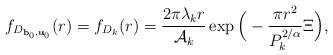
LaTeX: \begin{align*}f_{D_{\mathbf{b}_0, \mathbf{u}_0}} (r) = f_{D_k}(r) = \frac{2 \pi \lambda_k r}{\mathcal{A}_k} \exp\Big(- \frac{\pi r^2}{P_k^{2 / \alpha}} \Xi \Big),\end{align*}